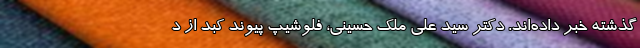
گذشته خبر داده‌اند. دکتر سید علی ملک حسینی، فلوشیپ پیوند کبد از د